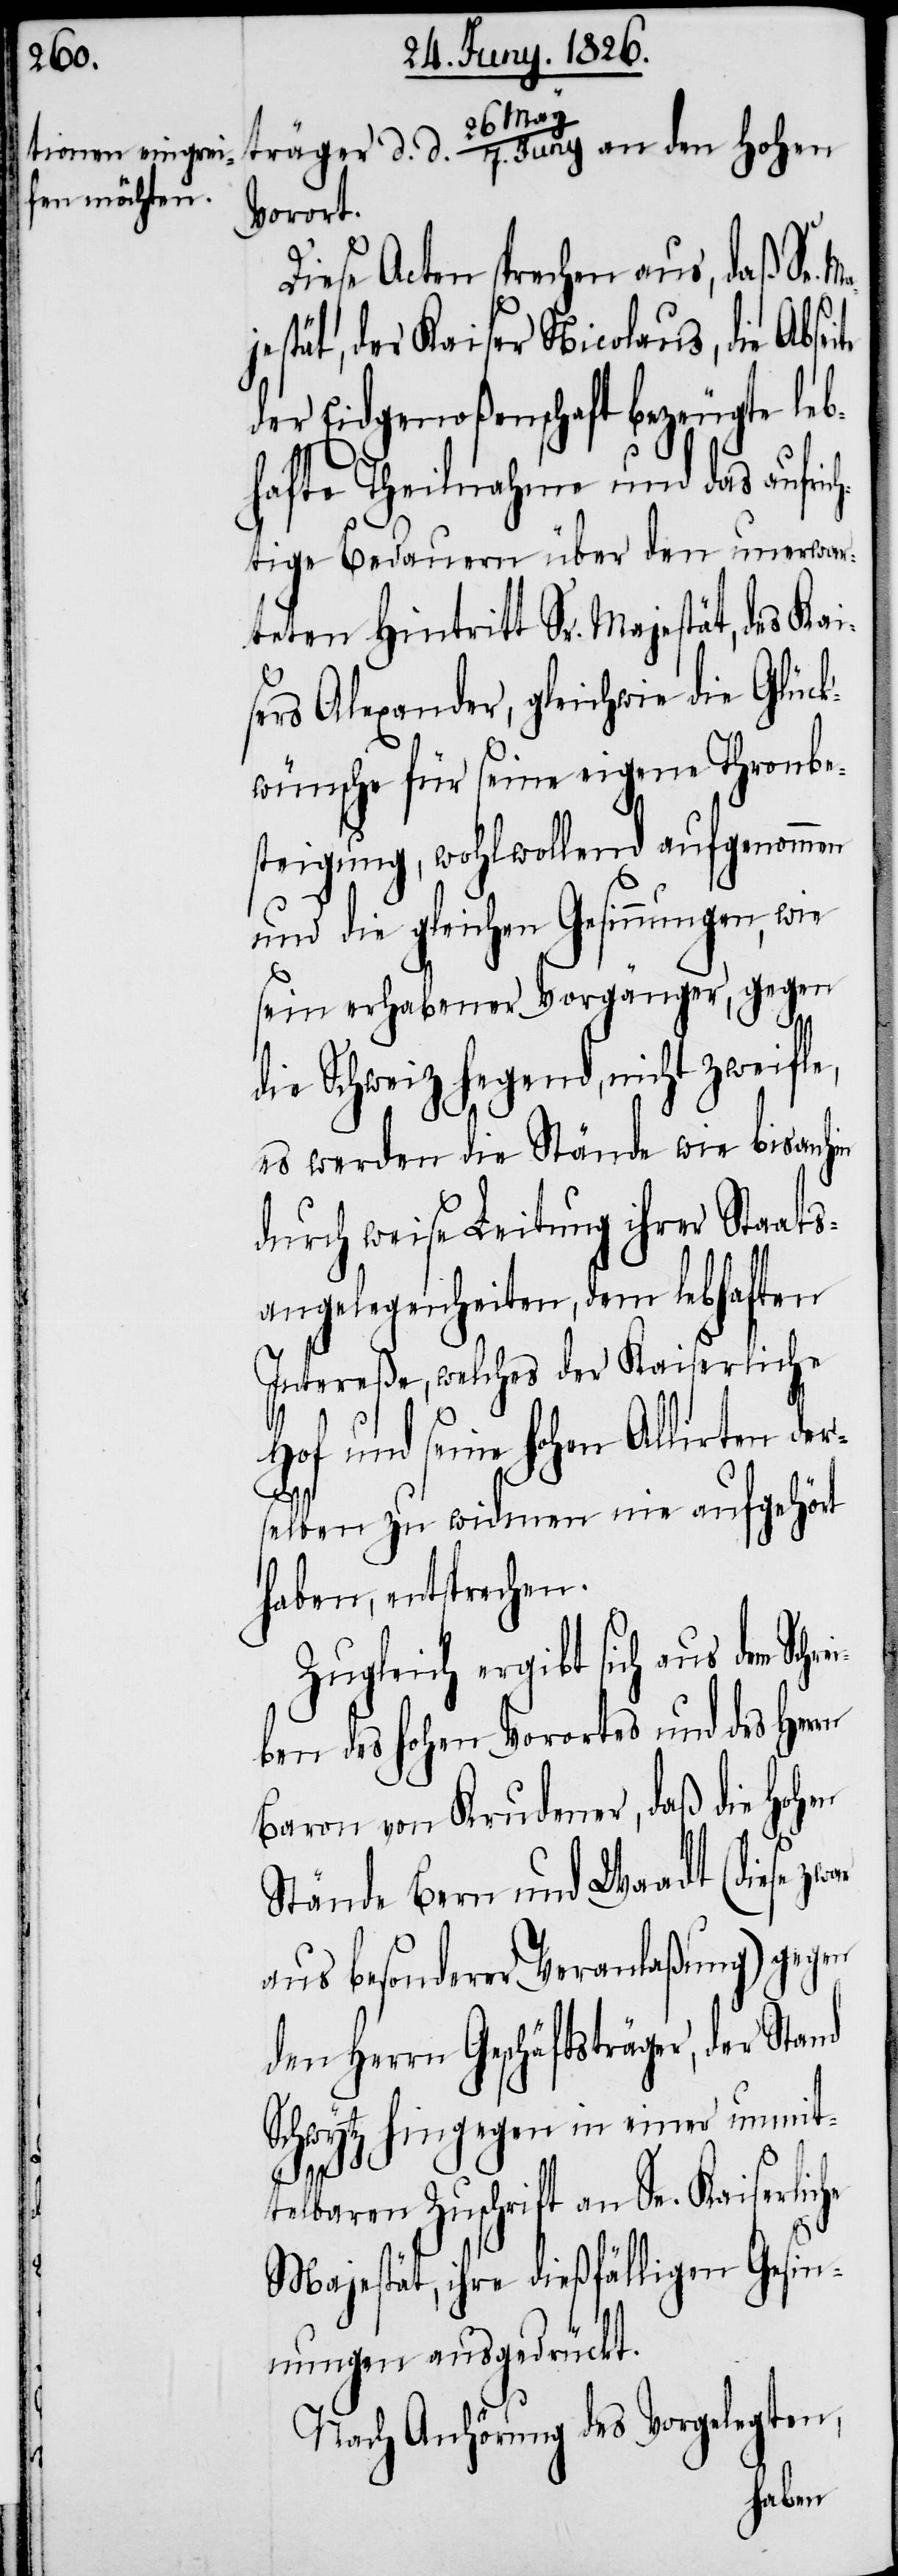
träger d. d. 26. May/7. Juny an den hohen
Vorort.
Diese Acten sprechen aus, daß Se.
jestät, der Kaiser Nicolaus, die Absei¬
der Eidgenoßenschaft bezeugte leb¬
hafte Theilnahme und das aufrich¬
tige Bedauern über den unerwar¬
teten Hintritt Sr. Majestät, des Kai¬
sers Alexander, gleichwie die Glück¬
wünsche für seine eigene Thronbe¬
steigung, wohlwollend aufgenommen
und die gleichen Gesinnungen, wie
sein erhabener Vorgänger, gegen
die Schweiz hegend, nicht zweifle,
es werden die Stände wie bisanhin
durch weise Leitung ihrer Staats¬
angelegenheiten, dem lebhaften
Intereße, welches der Kaiserliche
Hof und seine hohen Allirten der¬
selben zu widmen nie aufgehört
haben, entsprechen.
Zugleich ergibt sich aus dem Sch¬
ben des hohen Vorortes und des Her¬
Baron von Krudener, daß die hohen
Stände Bern und Waadt (diese
aus besonderer Veranlaßung) gegen
den Herrn Geschäftsträger, der Stand
tz hingegen in einer unmit¬
Schwy¬
rn
telbaren Zuschrift an Se. Kaiserliche
Majestät, ihre dießfälligen Gesin¬
nungen ausgedrückt.
Nach Anhörung des Vorgelegten,